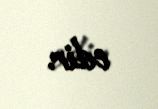
edir.